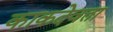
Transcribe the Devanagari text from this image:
काकदेवता